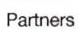
Partners